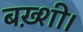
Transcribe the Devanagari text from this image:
बख़्शी।